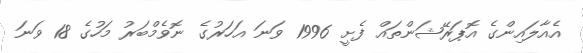
އެއާލައިންގެ އޮޕަރޭޝަންތައް ފެށީ 1996 ވަނަ އަހަރުގެ ނޮވެމްބަރު މަހުގެ 18 ވަނަ